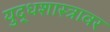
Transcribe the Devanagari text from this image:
युद्धशास्त्रावर